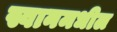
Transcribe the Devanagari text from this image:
स्वानमधील